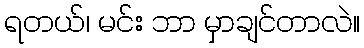
ရတယ်၊ မင်း ဘာ မှာချင်တာလဲ။